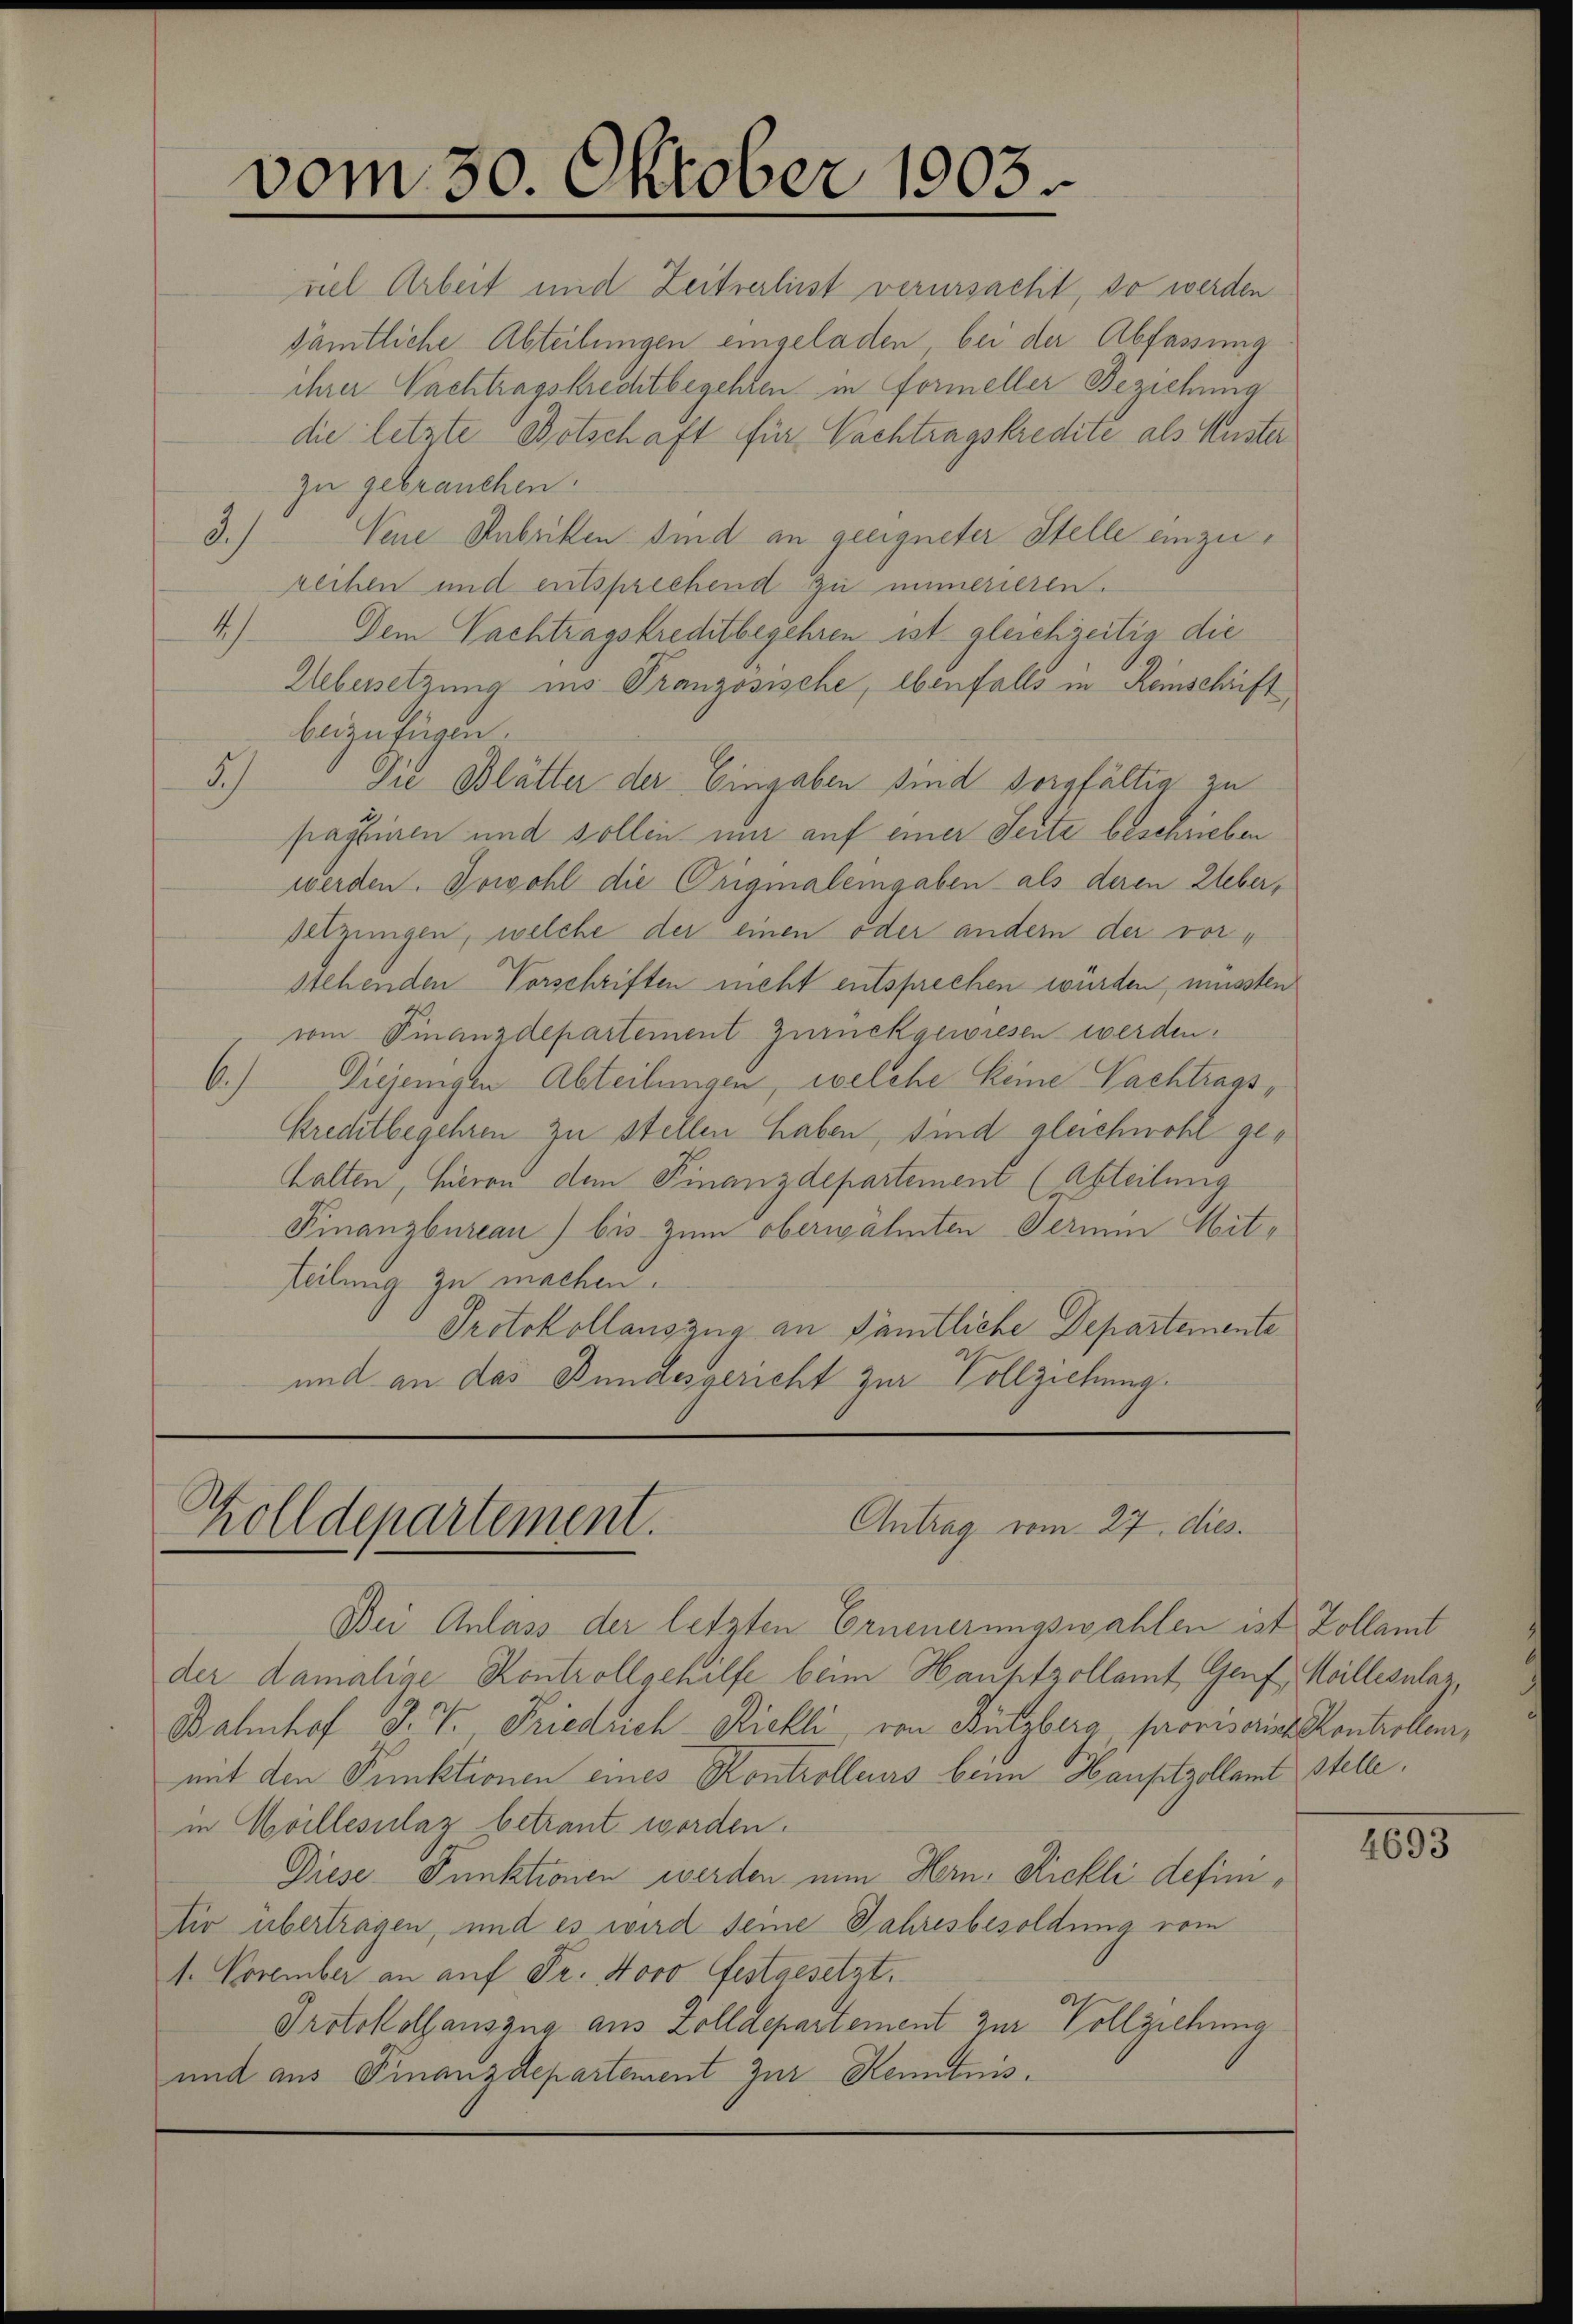
vom 30. Oktober 1903.

viel Arbeit und Zeitserliest verursacht, so werden
sämtliche Abteilungen eingeladen bei der Abfassung
ihrer Nachtragskrechtbegehren in Formeller Beziehung
die letzte Botschaft für Pachtragskredite als Muster
zu gebrauchen.
3.) Vene Anbritten sind an geeigneter Stelle einzureihen und entsprechend zu immerieren.
4.) Dem Nachtragskreditbegehren ist gleichzeitig die
Uebersetzung ins Tranzosische, ebenfalls in Reinschrift,
beizufügen.
3
Die Blätter der Eingaben sind sorgfältig zu
passiren und sollen nur auf einer Seite beschrieben
werden. Sowohl die Originaleingaben als deren Ueber,
Setzungen, welche der einen oder andern der vorstehenden Vorschriften nicht entsprechen würden, müssten
vom Finanzdepartement zurückgewiesen werden.
bh
Diejenigen Abteilungen, welche keine Nachtragskrechtbegehren zu stellen haben, sind gleichwohl gehalten, hieren dem Finanzdepartement (Abteilung
Finanzbureau bis zum oberwähnten Terium Mitteilung zu machen.
Protokollauszug an sämtliche Departemente
und an das Bundesgericht zur Vollziehung

Antrag vom 27. dies
Zolldepartement.

Bei Anlass der letzten Erneuerungswahlen ist Zollamt
der damalige Kontrollgehilfe beim Hauptzollamt Genf, Meillesnlaz,
Bahnhof J. J. Friedrich Rickli von Bützberg, provisorin Kontrollen,
mit den Punktionen eines Kontrolleurs beim Hauptzollamt stelle.
in Moillesilaz betraut worden.
Diese Punktionen werden nun Hern. Rickli definir übertragen, und es wird seine Jahresbesoldung vom
1. November an auf Fr. Novo festgesetzt.
Protokollauszug aus Zolldepartement zur Vollziehung
und aus Finanzdepartement zur Kenntnis.

4693